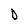
Character: D